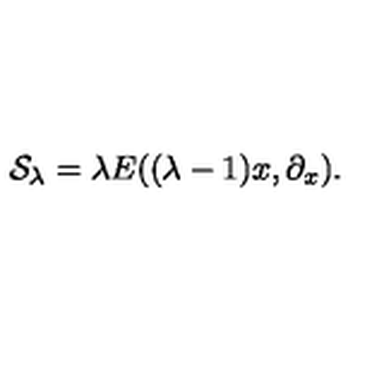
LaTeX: { \cal S } _ { \lambda } = \lambda E ( ( \lambda - 1 ) x , \partial _ { x } ) .